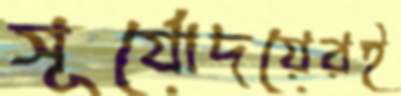
সূর্যোদয়েরই